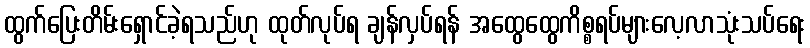
ထွက်ပြေးတိမ်းရှောင်ခဲ့ရသည်ဟု ထုတ်လုပ်ရ ချန်လှပ်ရန် အထွေထွေကိစ္စရပ်များလေ့လာသုံးသပ်ရေး